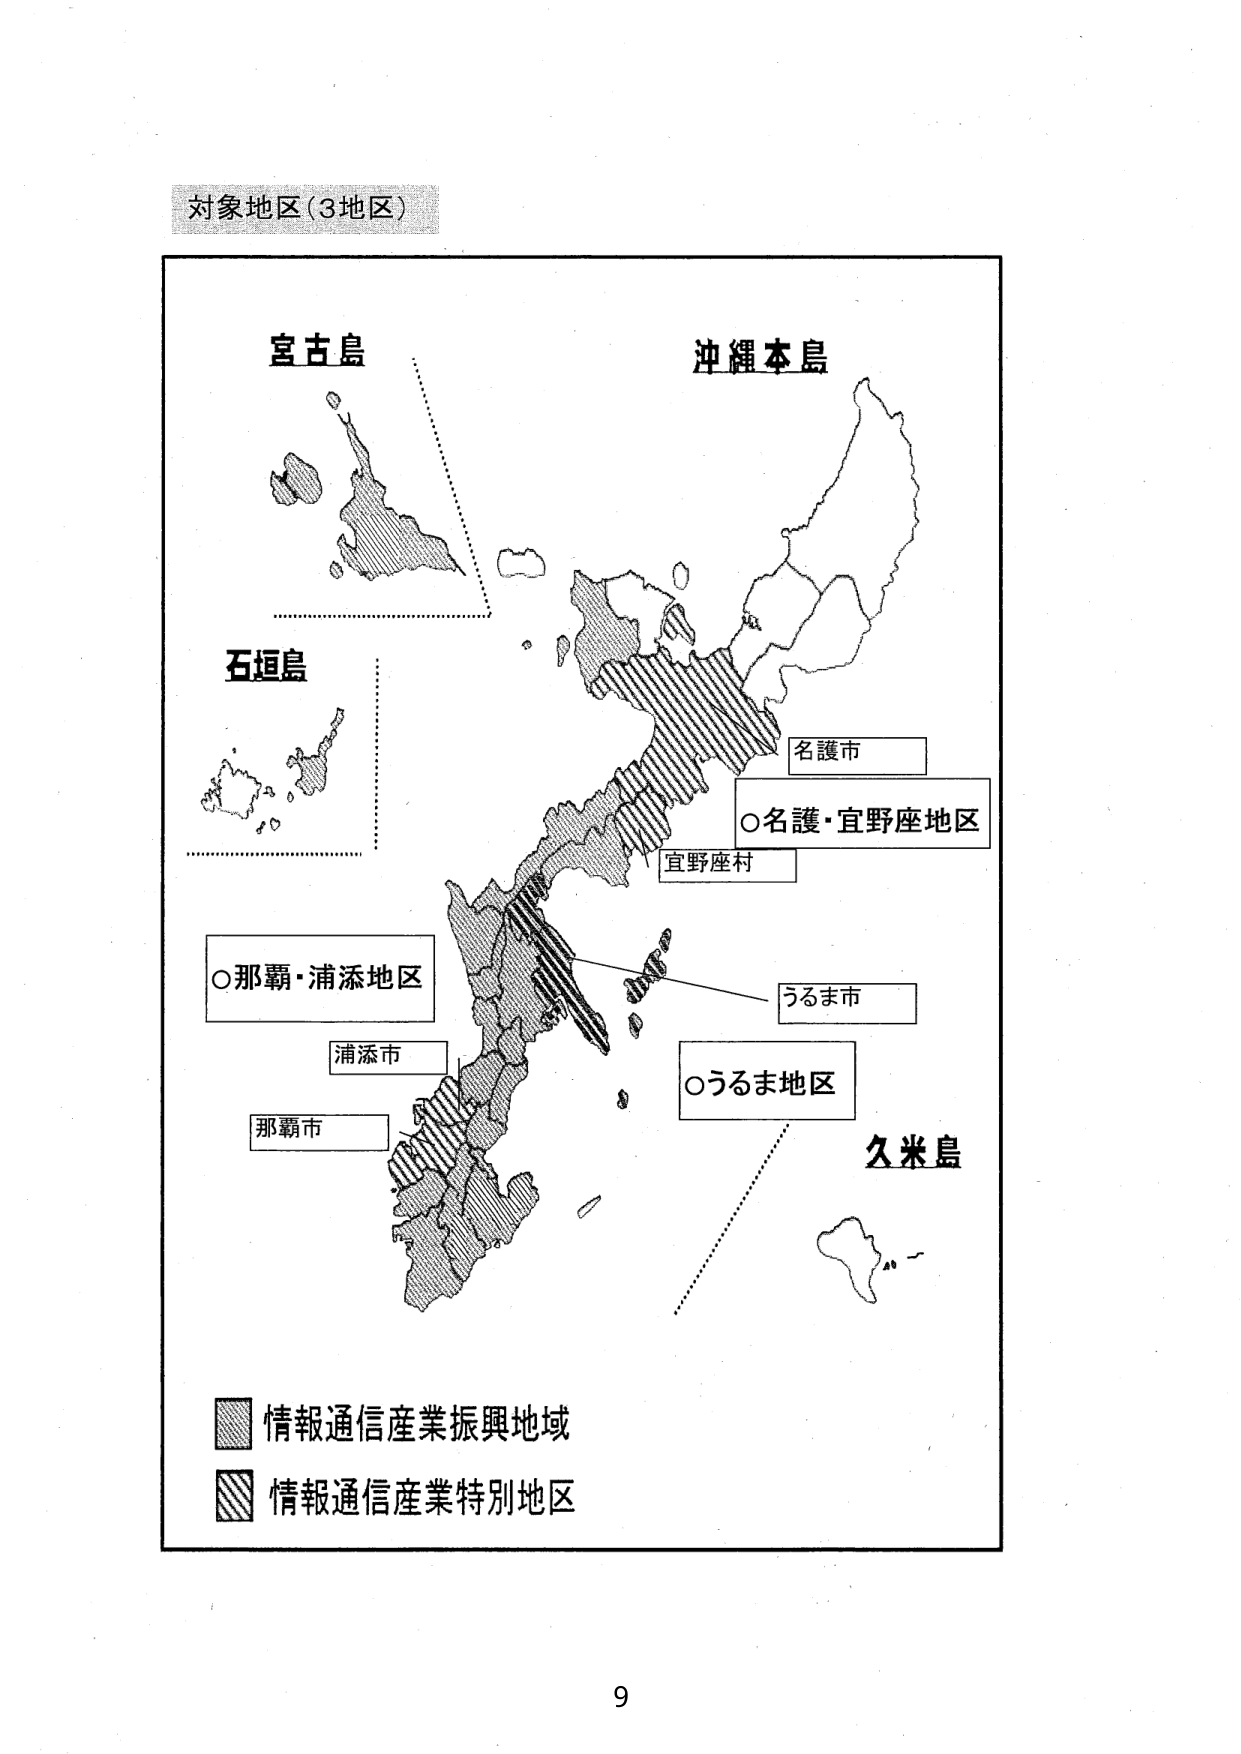
対象地区（3地区）

宮古島
沖縄本島
石垣島
名護市
○名護・宜野座地区
宜野座村
○那覇・浦添地区
浦添市
那覇市
うるま市
○うるま地区
久米島

■ 情報通信産業振興地域
■ 情報通信産業特別地区

9